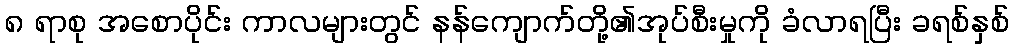
၈ ရာစု အစောပိုင်း ကာလများတွင် နန်ကျောက်တို့၏အုပ်စီးမှုကို ခံလာရပြီး ခရစ်နှစ်